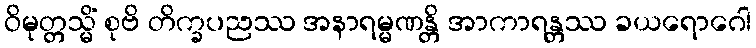
ဝိမုတ္တသ္မိံ စုဗိ တိက္ခပညဿ အနာရမ္မဏန္တိ အာကာရန္တဿ ခယရောဂေါ